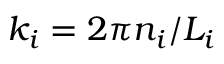
k _ { i } = 2 \pi n _ { i } / L _ { i }